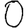
Digit: 0